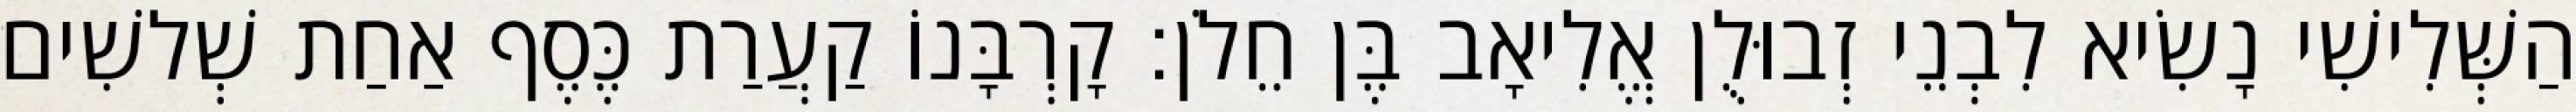
הַשְּׁלִישִׁי נָשִׂיא לִבְנֵי זְבוּלֻן אֱלִיאָב בֶּן חֵלֹן׃ קָרְבָּנוֹ קַעֲרַת כֶּסֶף אַחַת שְׁלשִׁים